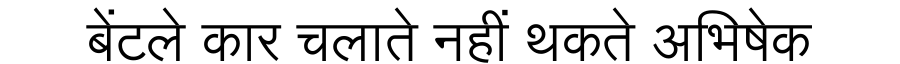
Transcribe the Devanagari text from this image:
बेंटले कार चलाते नहीं थकते अभिषेक